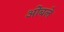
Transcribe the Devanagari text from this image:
ओंबले